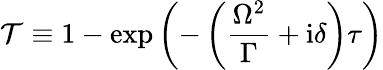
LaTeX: \mathcal{T}\equiv 1-\exp\left(-\left(\frac{\Omega^{2}}{\Gamma}+\mathrm{i}\delta\right)\tau\right)